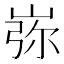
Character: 㟜